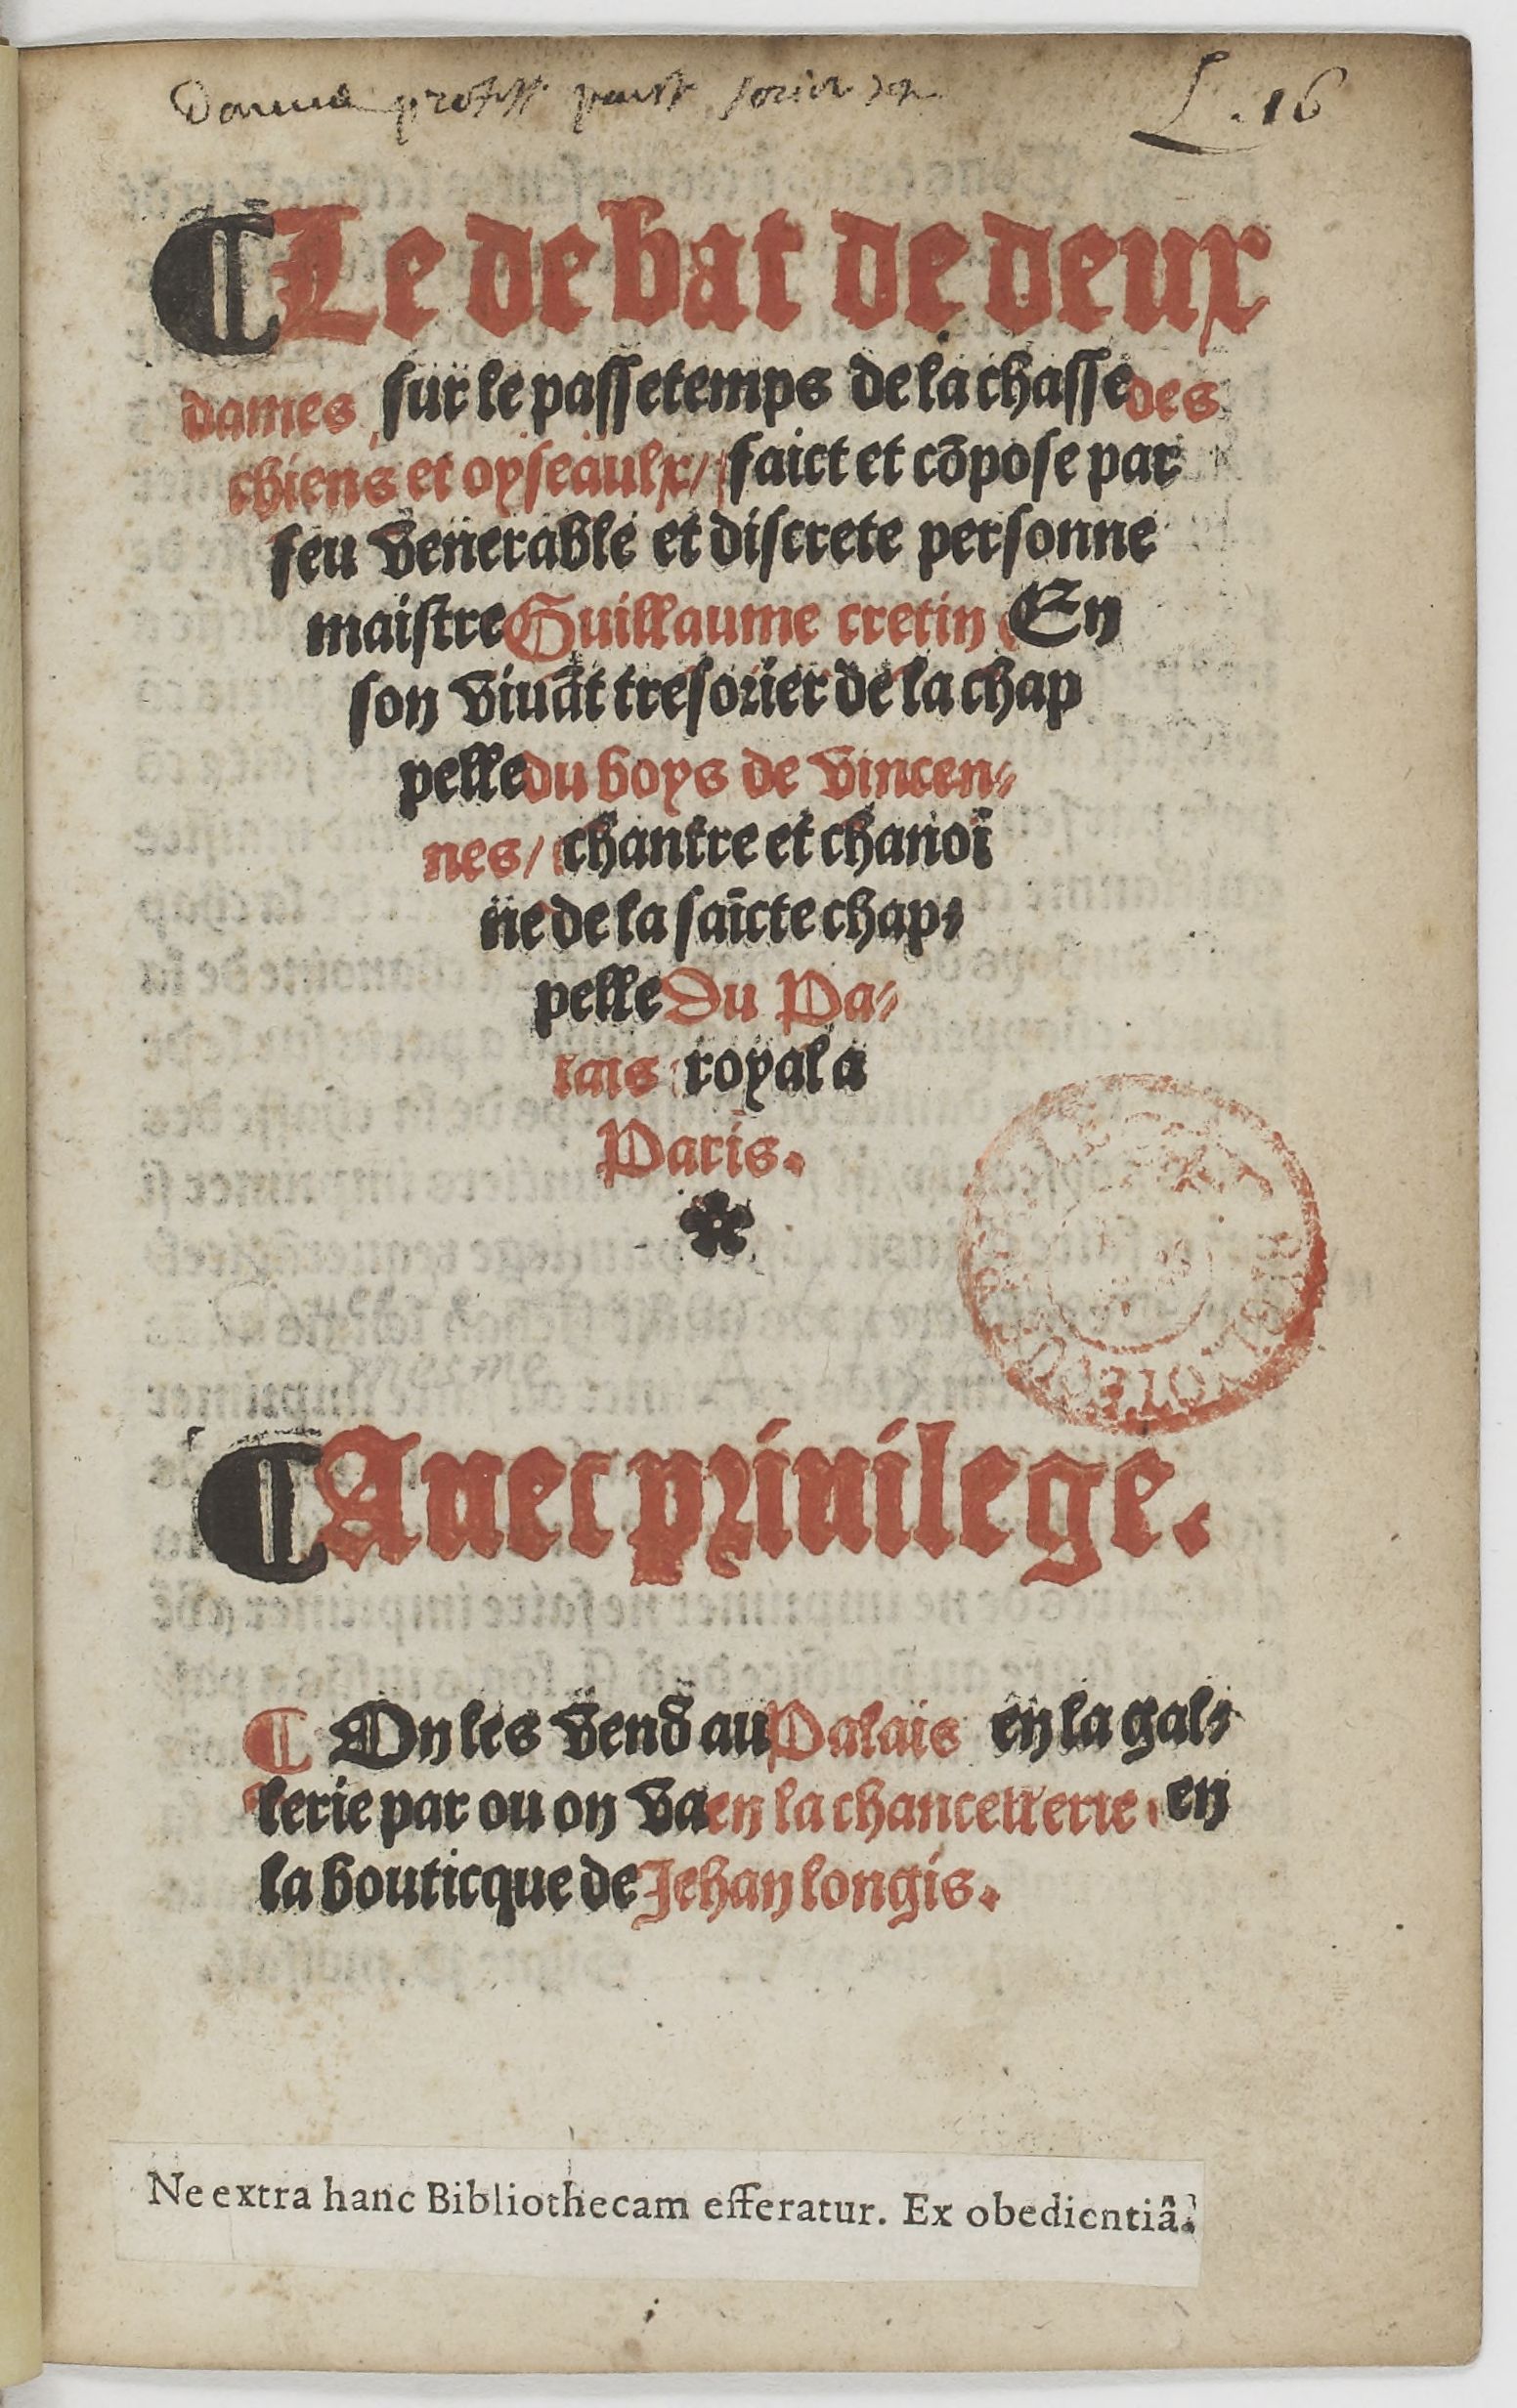
Shelfmark: Paris, BnF, Rés. YE-1395
Century: 16